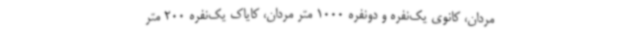
مردان، کانوی یک‌نفره و دونفره 1000 متر مردان، کایاک یک‌نفره 200 متر